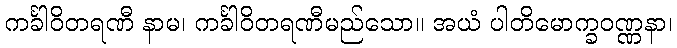
ကင်္ခါဝိတရဏီ နာမ၊ ကင်္ခါဝိတရဏီမည်သော။ အယံ ပါတိမောက္ခဝဏ္ဏနာ၊